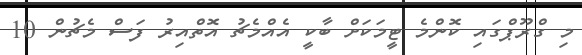
މި ގްރޫޕްގައި ކޮންމެ ޓީމަކަށް ބާކީ އެއްމެޗު އޮތްއިރު ފަސް މެޗުން 10